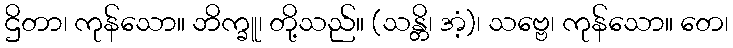
ဌိတာ၊ ကုန်သော။ ဘိက္ခူ၊ တို့သည်။ (သန္တိ၊ အံ့)၊ သဗ္ဗေ၊ ကုန်သော။ တေ၊